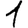
Digit: 1